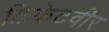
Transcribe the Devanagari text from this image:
क्रिकेटवीर